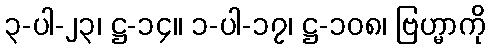
၃-ပါ-၂၃၊ ဋ္ဌ-၁၄။ ၁-ပါ-၁၇၊ ဋ္ဌ-၁၀၈၊ ဗြဟ္မာကို